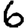
Digit: 6